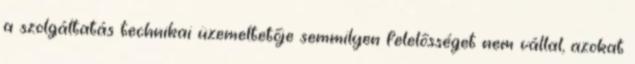
a szolgáltatás technikai üzemeltetője semmilyen felelősséget nem vállal, azokat